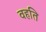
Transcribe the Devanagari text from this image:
वहति